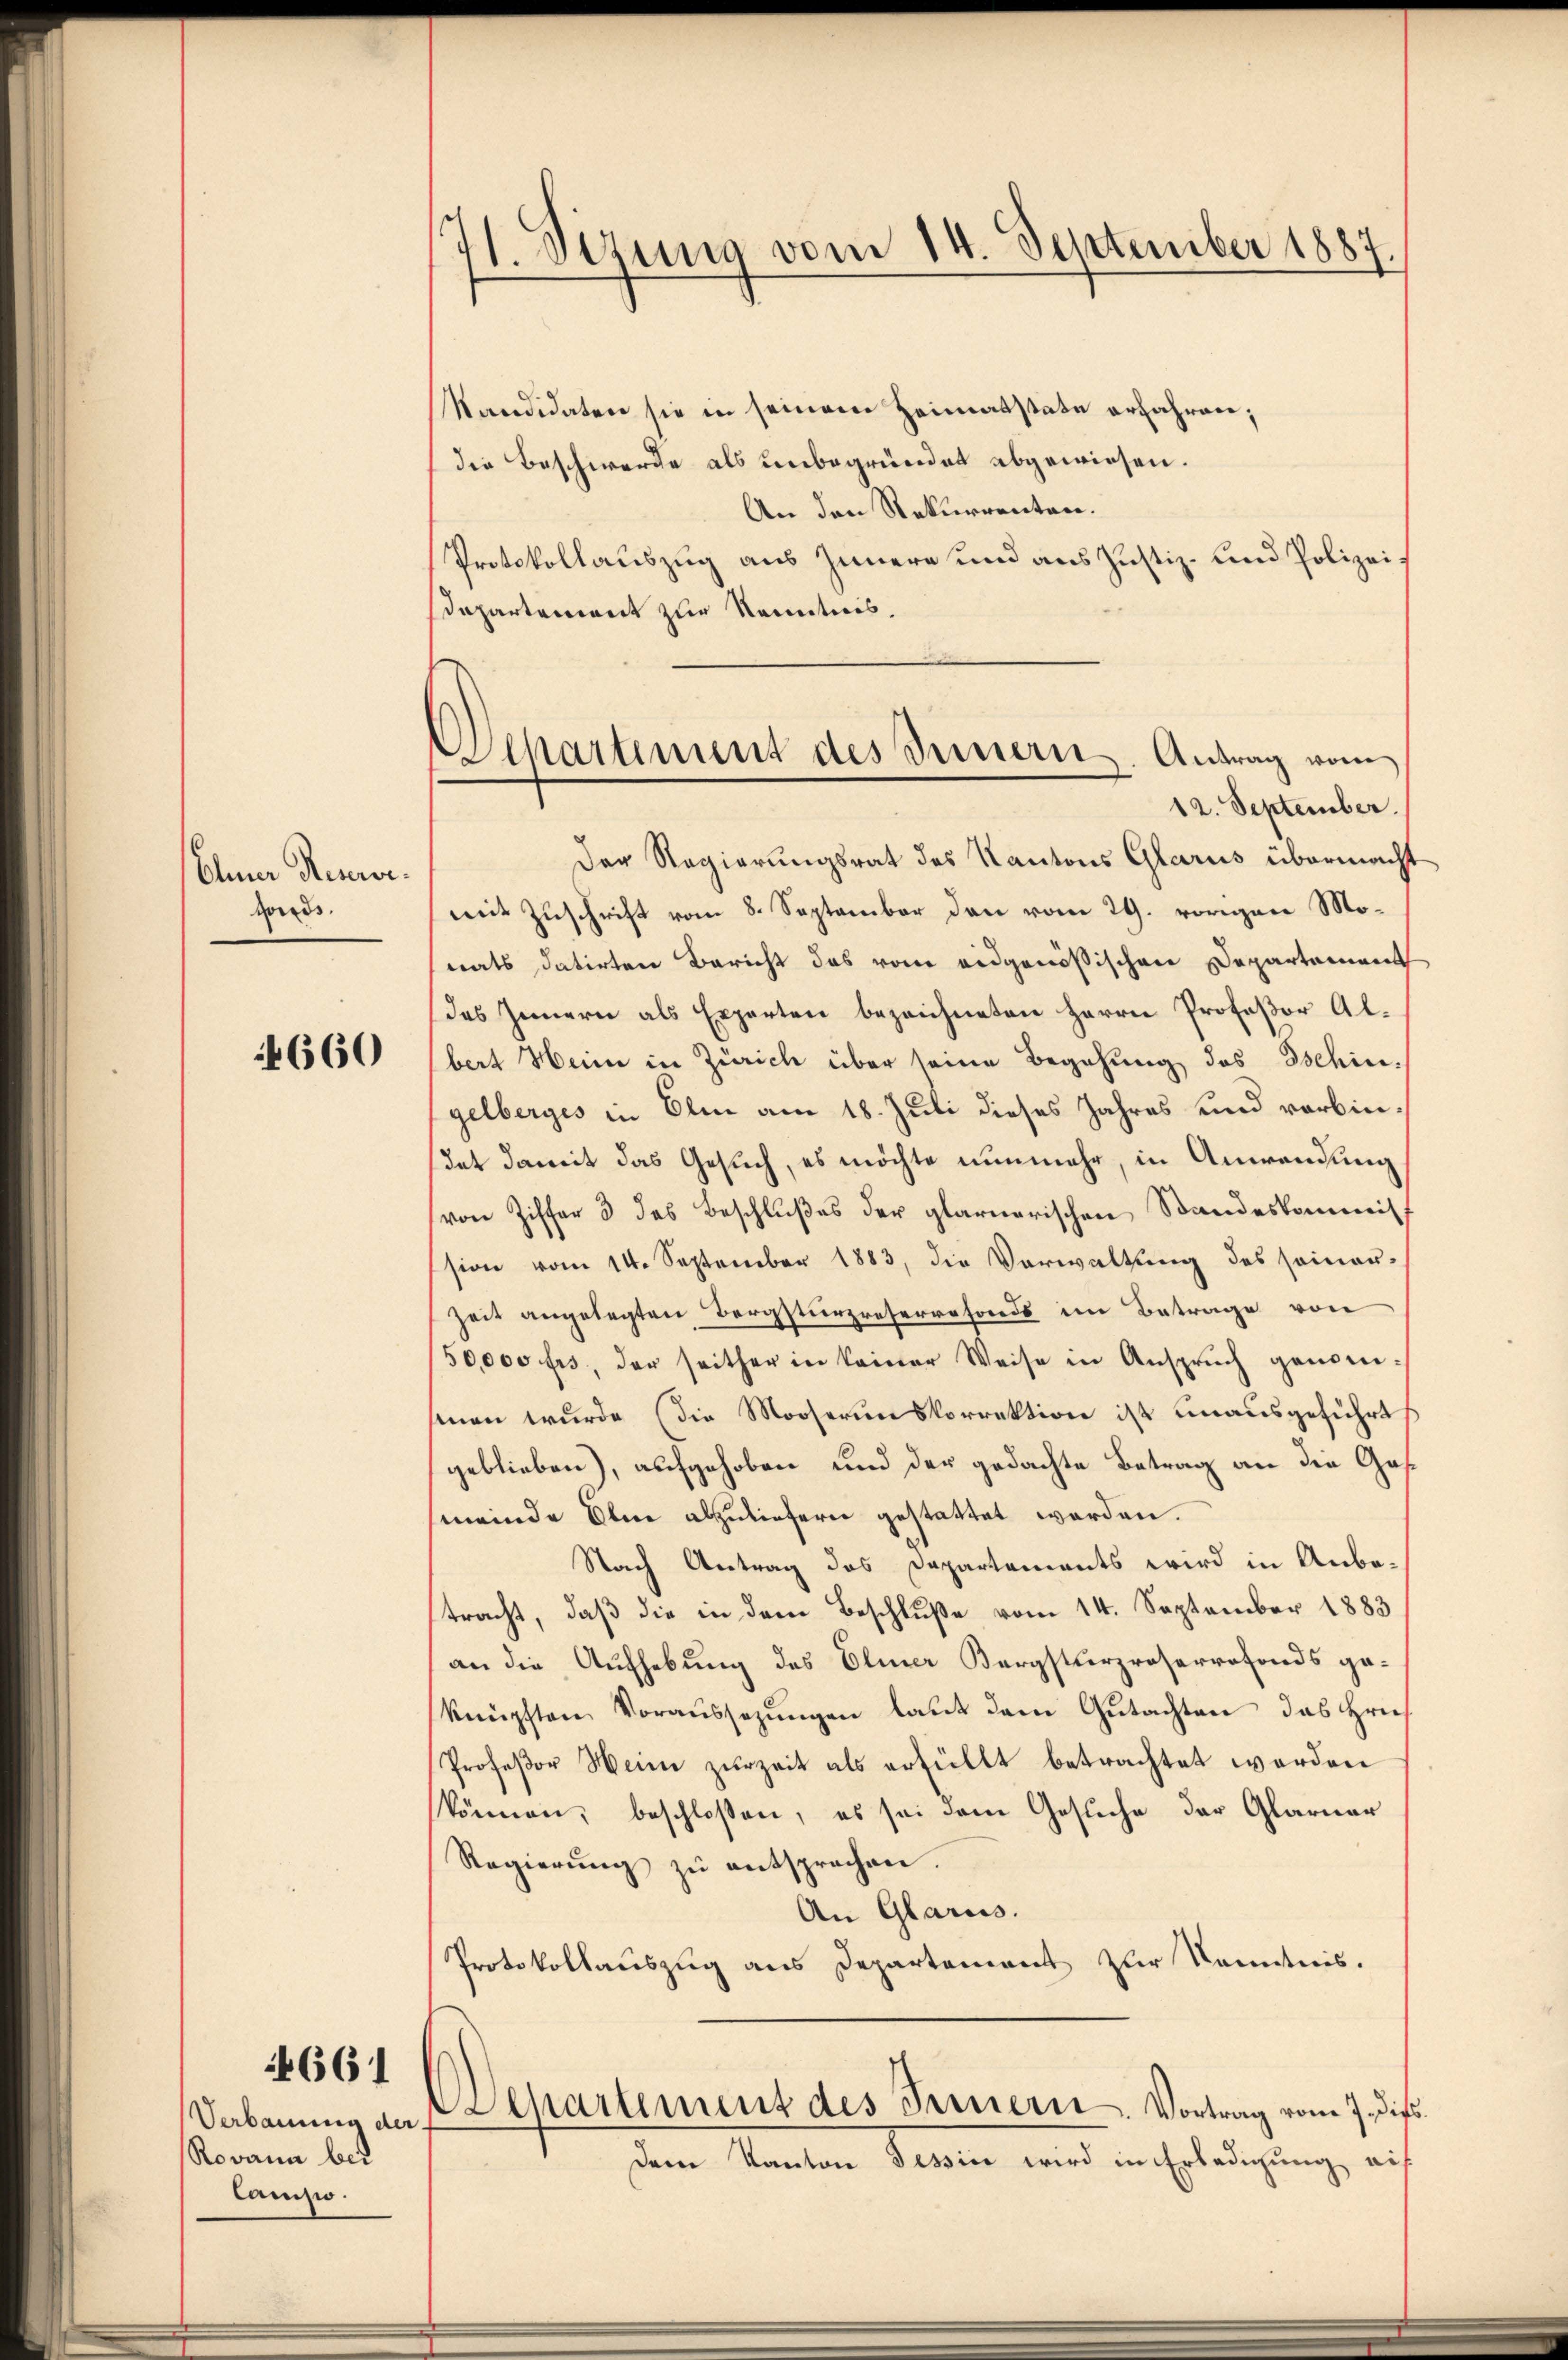
Chner Reuerve.
Hond

660

4661

Verbauung der
Rodann bed
Camisio.

H. Sizung vom 14. September 1887.

epartement des Innern. Antrag vom

Kandidaten sie in seinem Heimatstate erfahren;
die Beschwerde als unbegründet abgewiesen.
An den Rekurrenten.
Protokollauszug aus Innern und aus Justiz- und Polizei¬
Departement zur Kenntnis.
12. September.
Der Regierungsrat des Kantons Glarus übermacht
mit Zuschrift vom 8. September den vom 29. vorigen Monats datirten Bericht das vom eidgenößischen Departement
des Innern als Experten bezeichneten Herrn Profeßor Albert Heine in Zürich über seine Begehung des Ischin-
gelberges in Olm am 18. Juli dieses Jahres und verbindat damit das Gesuch, es möchte nunmehr, in Anwendung
von Ziffer 3 des Beschlußes der glarnerischen Standeskommitsion vom 14. September 1883, die Verwaltung des seiner-
Zeit angelegten Bergsturzreservefonds im Betrage von
50,000 frs, der seither in keiner Weise in Ansprŭch genomsenen wurde (die Mooserinskorrektion ist unausgeführt
geblieben), aufgehoben und der gedachte Betrag an die Gas¬
(meinde Ihm abzuliefern gestattet worden.
Nach Antrag das Departements wird in Anbetracht, daß die in dem Beschluße vom 14. September 1883
an die Aufhebung des Elmer Bergsturzroserrofonds geknüpften Voraŭssezŭngen laŭt dem Gŭtachten das Hrn.
Professor Wein zŭrzeit als erfüllt betrachtet werden
können, beschloßen, es sei dem Gesuche der Glarner
Regierŭng zŭ entsprechen.
An Glarus.
Protokollauszug aus Departement zur Kenntnis.
Alkartement des Fernern. Vortrag vom 7. dies
Dem Kanton Tessine wird in Erledigung auf